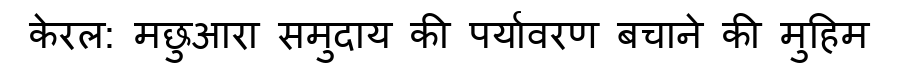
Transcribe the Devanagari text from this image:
केरल: मछुआरा समुदाय की पर्यावरण बचाने की मुहिम